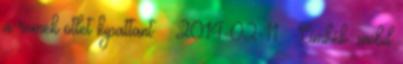
a remek ötlet kipattant. – 2014-02-11 – Címkék: mobil